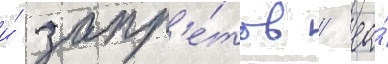
и́ запр'е́тов / ео́